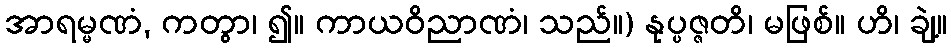
အာရမ္မဏံ, ကတွာ၊ ၍။ ကာယဝိညာဏံ၊ သည်။) နုပ္ပဇ္ဇတိ၊ မဖြစ်။ ဟိ၊ ချဲ့။